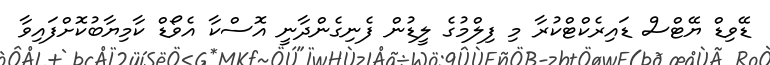
ޑޭވިޑް ޔޭޓްސް ޑައިރެކްޓްކުރާ މި ފިލްމުގެ ލީޑުން ފެނިގެންދާނީ އޮސްކާ އެވޯޑް ކާމިޔާބުކޮށްފައިވާ